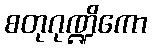
စတုဂုဏ္ဍိကော